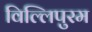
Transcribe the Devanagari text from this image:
विल्लिपुरम